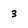
Character: 3